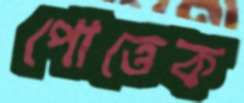
পোত্তেক